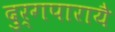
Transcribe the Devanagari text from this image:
दुर्गपारायै